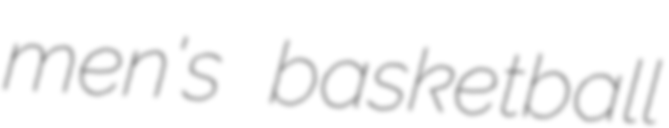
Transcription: men's basketball